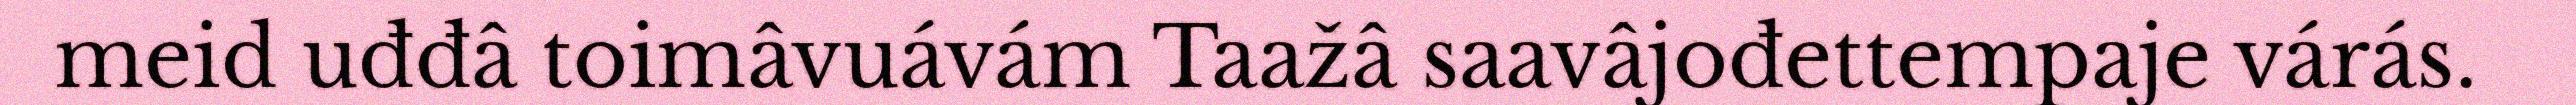
meid uđđâ toimâvuávám Taažâ saavâjođettempaje várás.